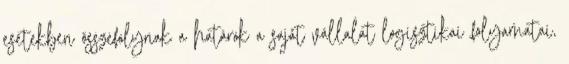
esetekben összefolynak a határok a saját vállalat logisztikai folyamatai,